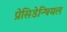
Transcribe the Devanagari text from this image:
प्रेसिडेन्षियल